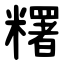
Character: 糬